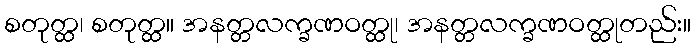
စတုတ္ထ၊ စတုတ္ထ။ အနတ္တလက္ခဏဝတ္ထု၊ အနတ္တလက္ခဏဝတ္ထုတည်း။